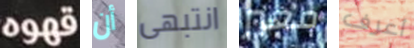
قهوه أن انتبهى معبر أعرف